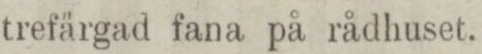
trefärgad fana på rådhuset.